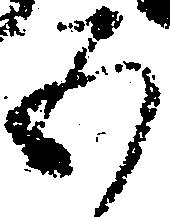
五